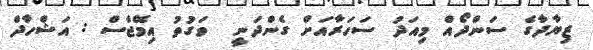
ޒިޔާދާގެ ސަންދޯއް މިއަދު ސަހަރާއަށް ގެންދަނީ  ވަގުތު އިމޭޖްސް : އަޝްހާދް